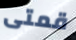
قمتى